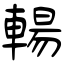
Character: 輰